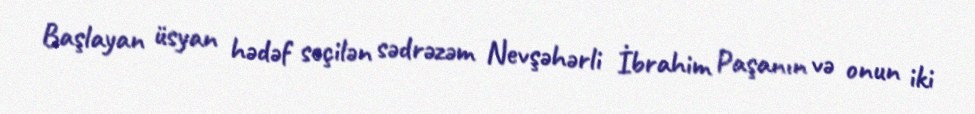
Başlayan üsyan hədəf seçilən sədrəzəm Nevşəhərli İbrahim Paşanın və onun iki